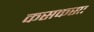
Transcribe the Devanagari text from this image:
कसकसा